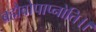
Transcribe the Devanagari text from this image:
ब्रह्मैवोपाप्नोति।।